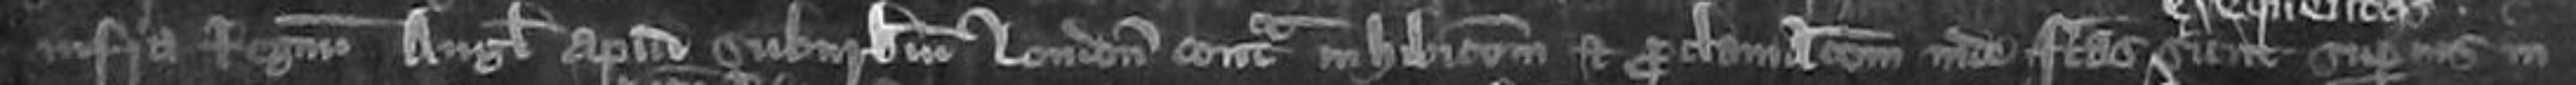
infra Regnum Anglie apud suburbia london contra inhibitionem et proclamationem inde factas sunt superius in